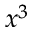
x ^ { 3 }